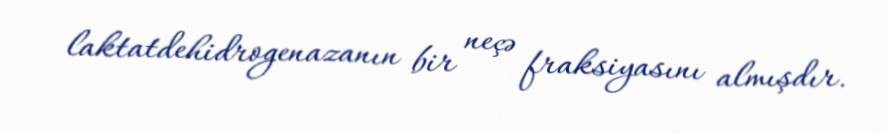
laktatdehidrogenazanın bir neçə fraksiyasını almışdır.